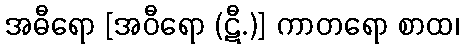
အဓီရော [အဝီရော (ဋီ.)] ကာတရော စာထ၊